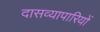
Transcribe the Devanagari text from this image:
दासव्यापारियों